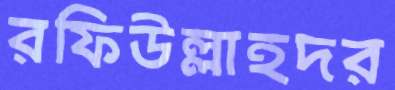
রফিউল্লাহদর